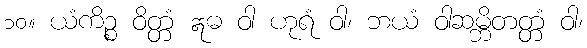
၁၀။ ယံကိဉ္စ ဝိတ္တံ ဣဓ ဝါ ဟုရံ ဝါ၊ ဘယံ ဝါဆမ္ဘိတတ္တံ ဝါ၊